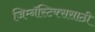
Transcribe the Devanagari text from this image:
जिम्नॅस्टिक्ससाठी